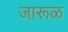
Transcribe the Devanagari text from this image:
जारूळ